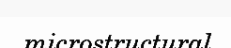
microstructural